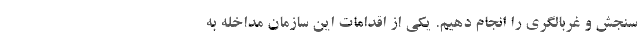
سنجش و غربالگری را انجام دهیم. یکی از اقدامات این سازمان مداخله به